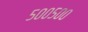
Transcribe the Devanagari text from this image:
५००५००